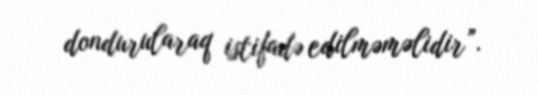
dondurularaq istifadə edilməməlidir”.